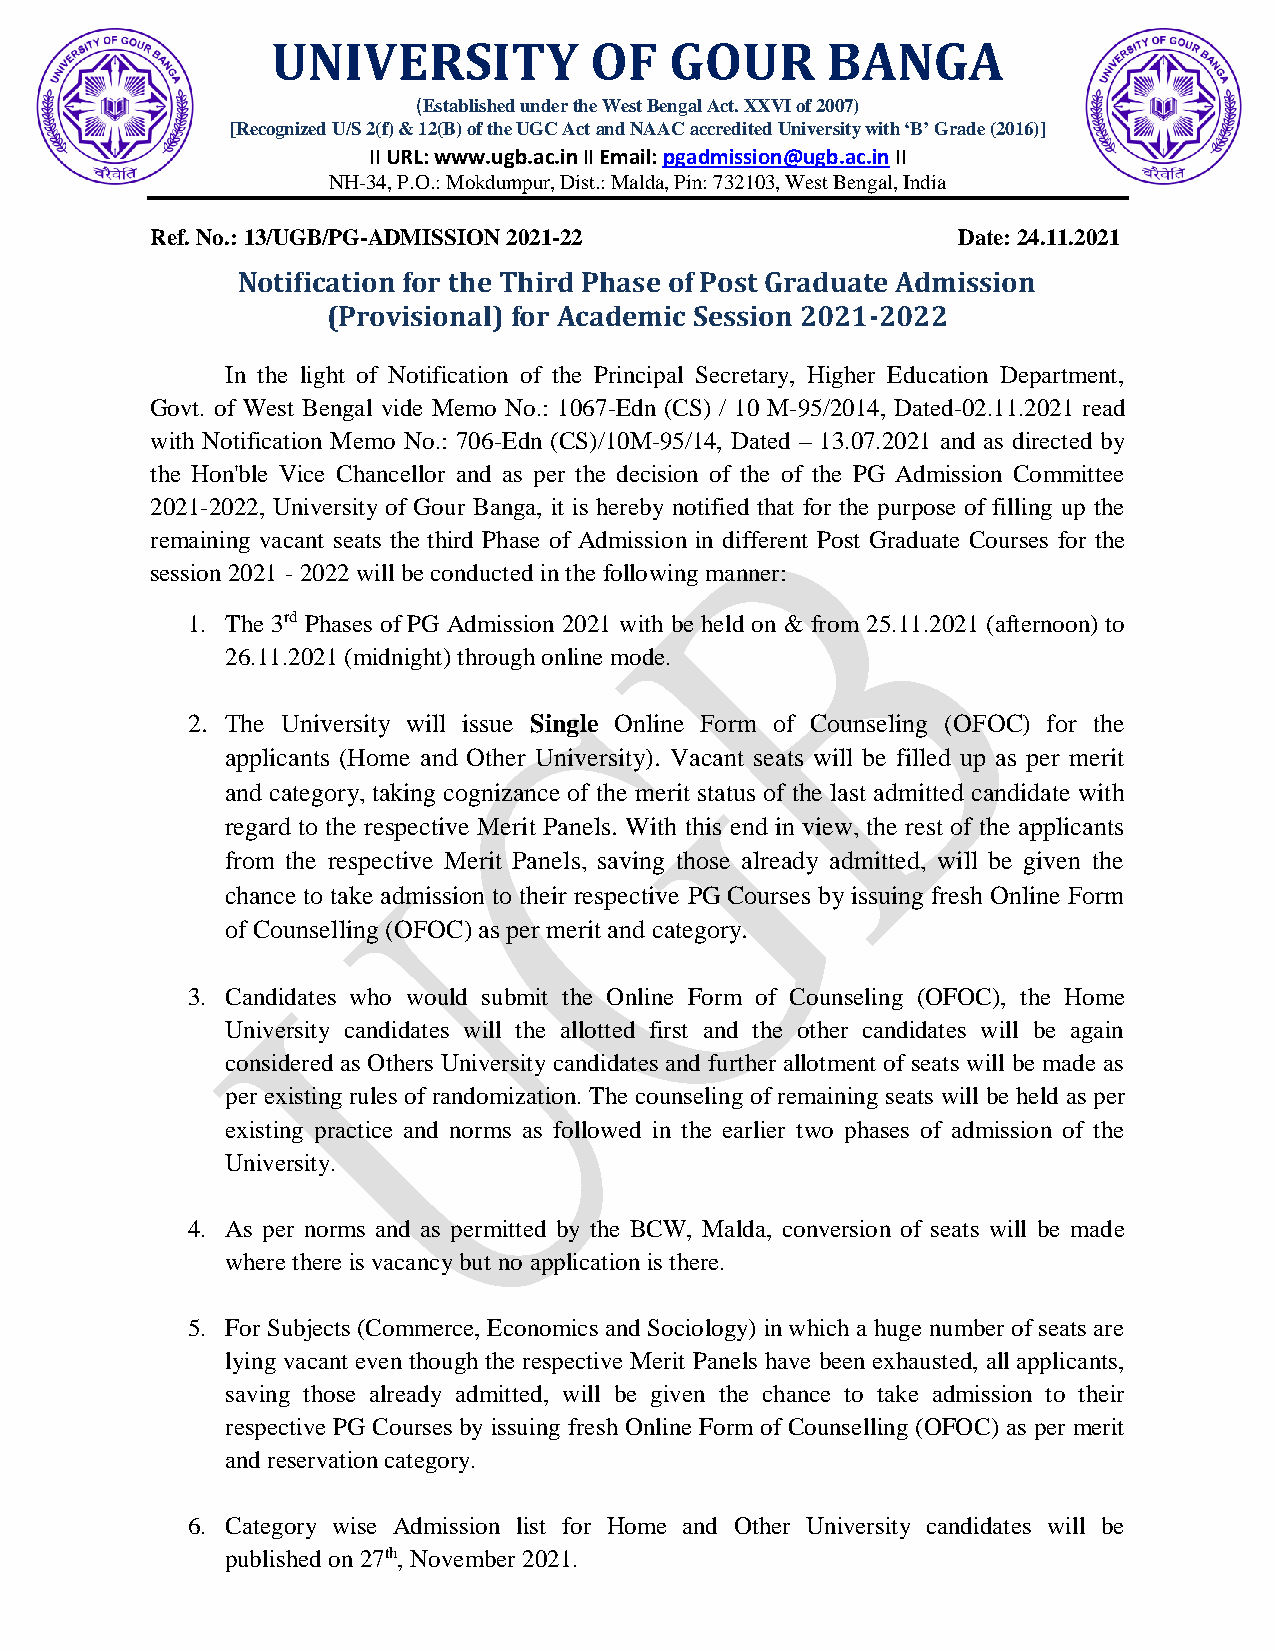
UNIVERSITY           OF   GOUR       BANGA
 (Established under the West Bengal Act. XXVI of 2007)
 [Recognized U/S 2(f) & 12(B) of the UGC Act and NAAC accredited University with ‘B’ Grade (2016)]
 II URL: www.ugb.ac.in II Email: pgadmission@ugb.ac.in II
 NH-34, P.O.: Mokdumpur, Dist.: Malda, Pin: 732103, West Bengal, India
 Ref. No.: 13/UGB/PG-ADMISSION 2021-22                Date: 24.11.2021
 Notification for the Third Phase of Post Graduate Admission
 (Provisional) for Academic Session 2021-2022
 In the light of Notification of the Principal Secretary, Higher Education Department,
 Govt. of West Bengal vide Memo No.: 1067-Edn (CS) / 10 M-95/2014, Dated-02.11.2021 read
 with Notification Memo No.: 706-Edn (CS)/10M-95/14, Dated – 13.07.2021 and as directed by
 the Hon'ble Vice Chancellor and as per the decision of the of the PG Admission Committee
 2021-2022, University of Gour Banga, it is hereby notified that for the purpose of filling up the
 remaining vacant seats the third Phase of Admission in different Post Graduate Courses for the
 session 2021 - 2022 will be conducted in the following manner:
 1. The 3rd Phases of PG Admission 2021 with be held on & from 25.11.2021 (afternoon) to
 26.11.2021 (midnight) through online mode.
 2. The University will issue Single Online Form of Counseling (OFOC) for the
 applicants (Home and Other University). Vacant seats will be filled up as per merit
 and category, taking cognizance of the merit status of the last admitted candidate with
 regard to the respective Merit Panels. With this end in view, the rest of the applicants
 from the respective Merit Panels, saving those already admitted, will be given the
 chance to take admission to their respective PG Courses by issuing fresh Online Form
 of Counselling (OFOC) as per merit and category.
 3. Candidates who would submit the Online Form of Counseling (OFOC), the Home
 University candidates will the allotted first and the other candidates will be again
 considered as Others University candidates and further allotment of seats will be made as
 per existing rules of randomization. The counseling of remaining seats will be held as per
 existing practice and norms as followed in the earlier two phases of admission of the
 University.
 4. As per norms and as permitted by the BCW, Malda, conversion of seats will be made
 where there is vacancy but no application is there.
 5. For Subjects (Commerce, Economics and Sociology) in which a huge number of seats are
 lying vacant even though the respective Merit Panels have been exhausted, all applicants,
 saving those already admitted, will be given the chance to take admission to their
 respective PG Courses by issuing fresh Online Form of Counselling (OFOC) as per merit
 and reservation category.
 6. Category wise Admission list for Home and Other University candidates will be
 published on 27th, November 2021.